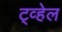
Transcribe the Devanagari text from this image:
ट्व्हेल